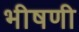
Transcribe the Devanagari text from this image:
भीषणी